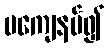
မကျေနပ်၍